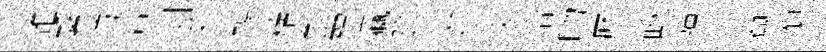
雜繋彷溥剥采轕檜對殫瀛隐迨莢洽吻厯畝疆生舉禦